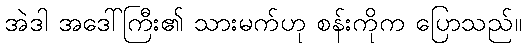
အဲဒါ အဒေါ်ကြီး၏ သားမက်ဟု စန်းကိုက ပြောသည်။